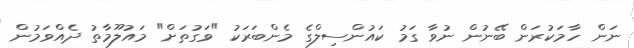
ނަން ހާމަކުރަން ބޭނުން ނުވާ ގަމު ކައުންސިލްގެ މެންބަރަކު "ވަގުތަށް" މައުލޫމާތު ދެއްވަމުން